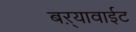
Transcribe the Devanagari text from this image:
बऱ्यावाईट